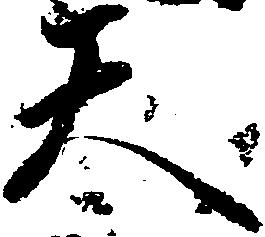
天